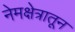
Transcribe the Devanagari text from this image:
नेमक्षेत्रातून